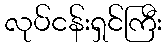
လုပ်ငန်းရှင်ကြီး